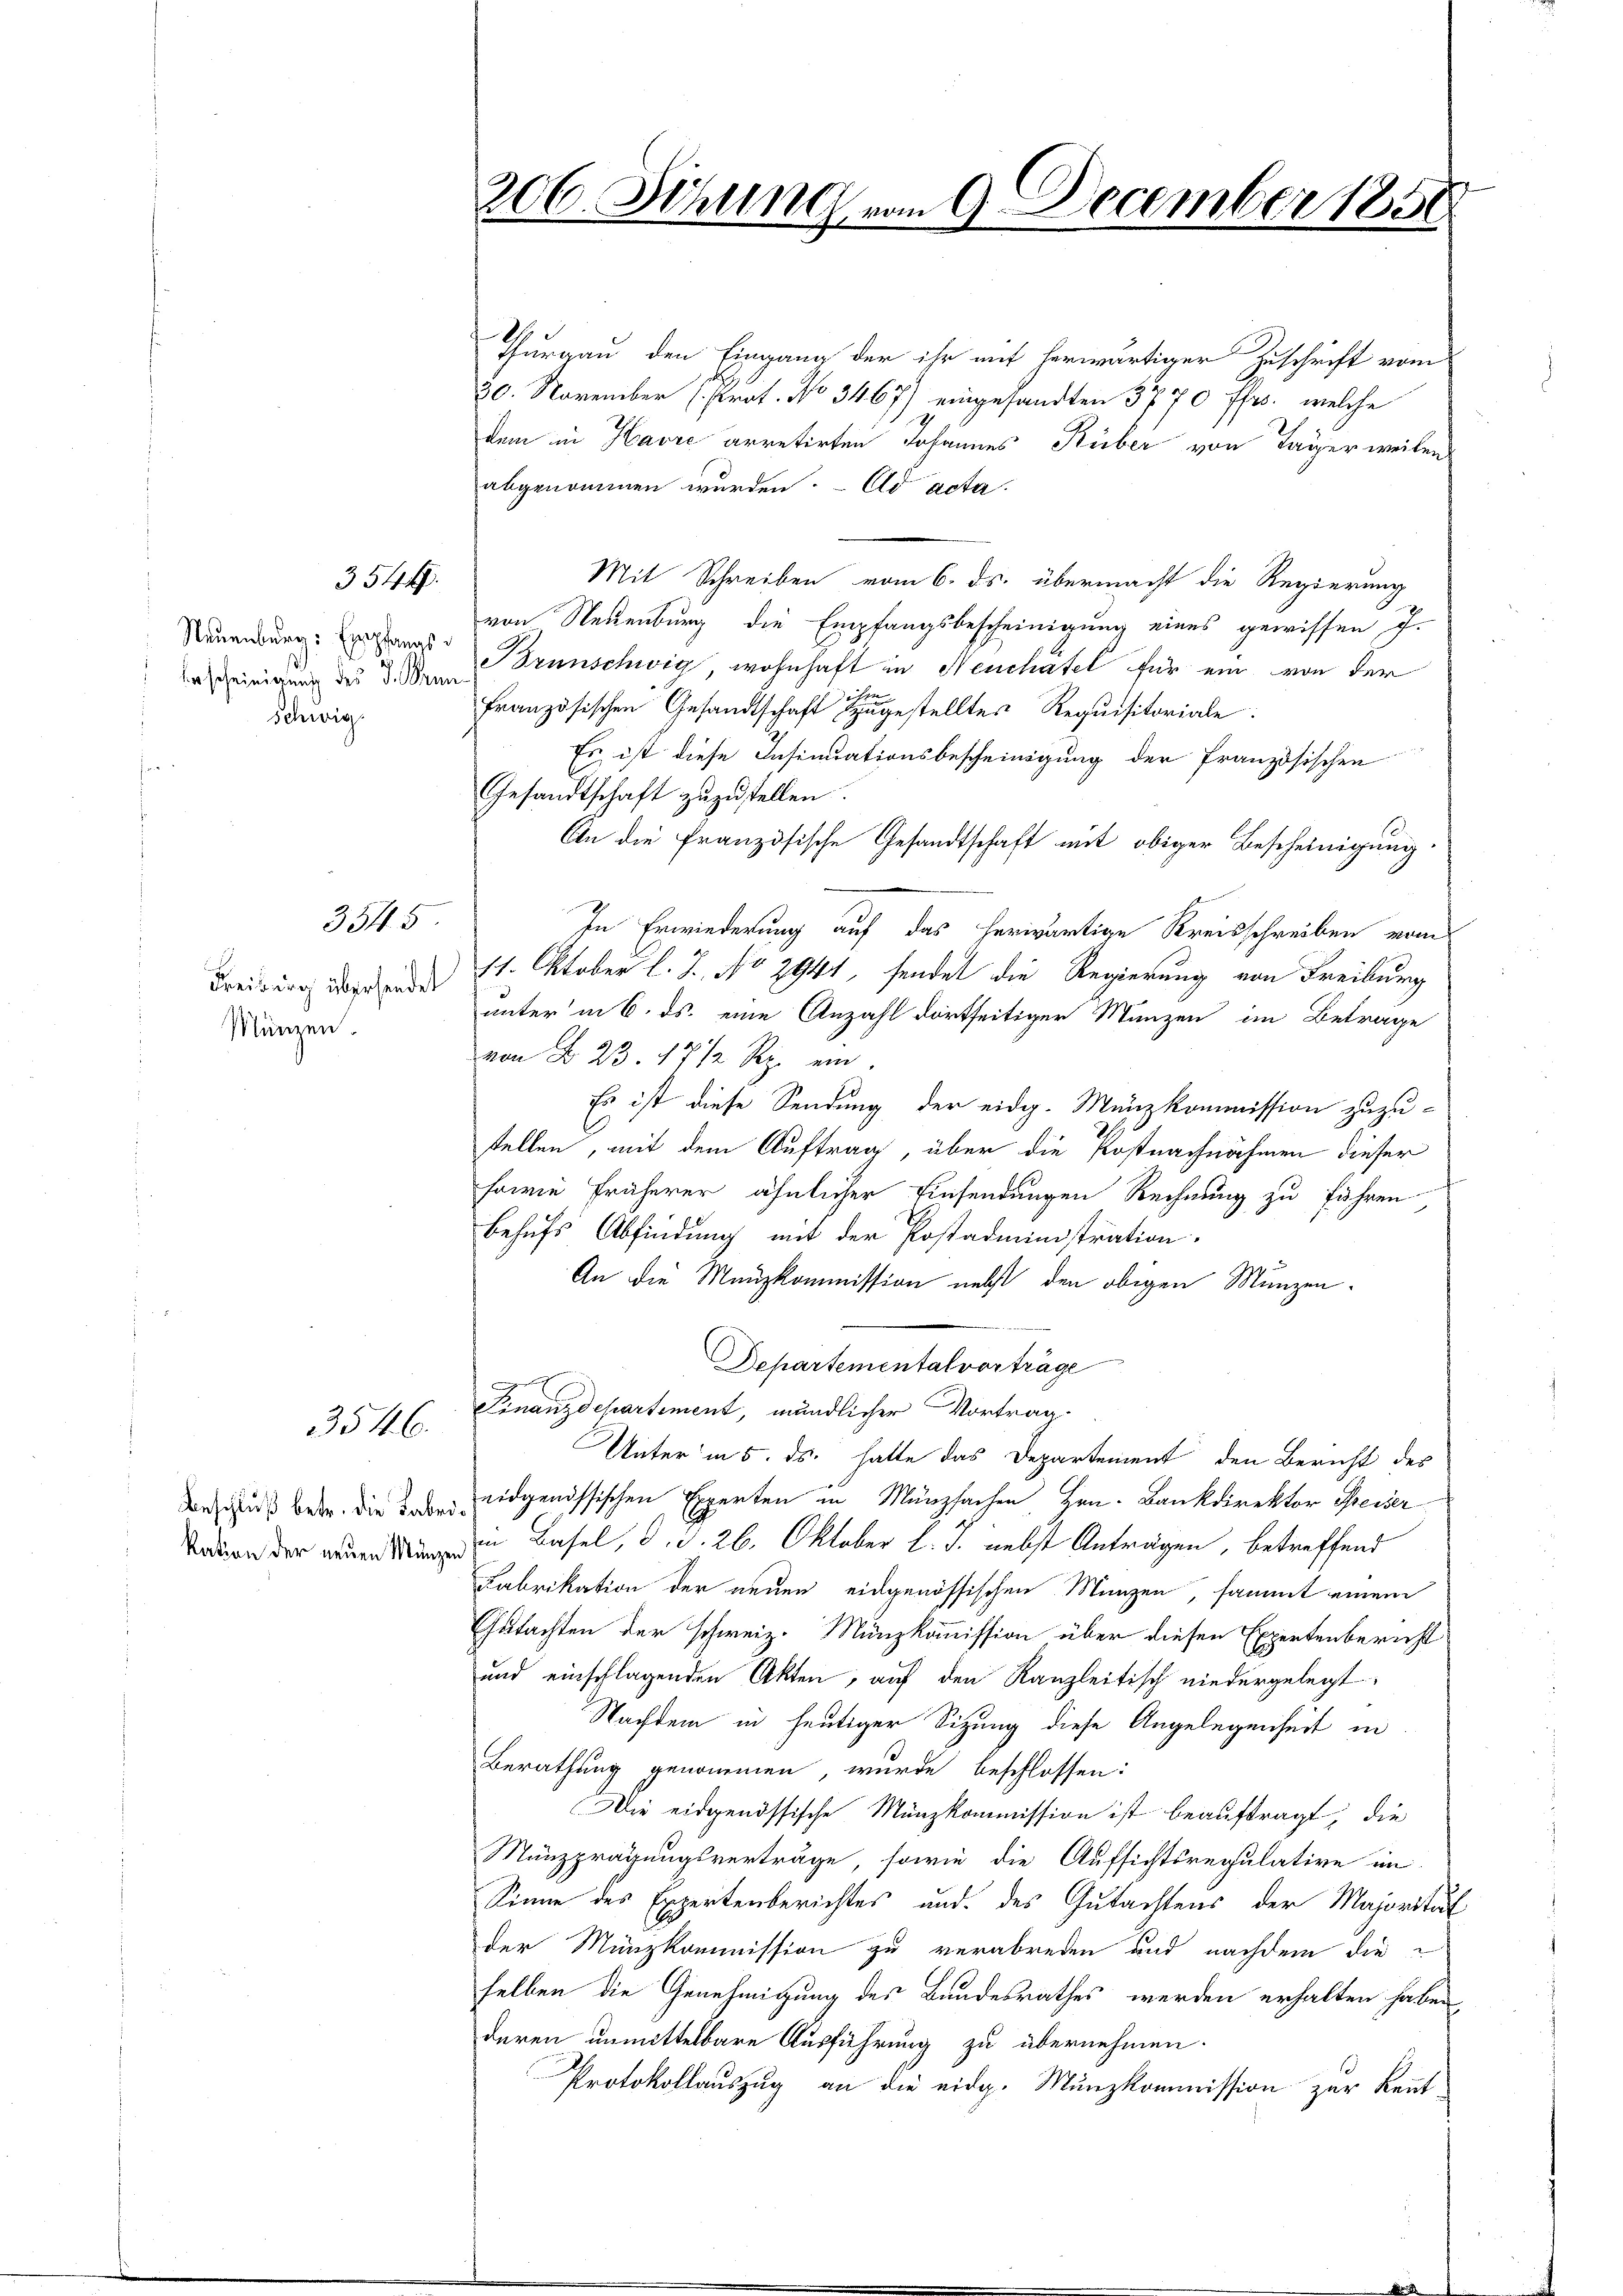
Erscheinigung des J. Nun
Schwie

Münzen.

354.

3545

3546.

Thurgau, den Eingang der ihr mit herwärtiger Zuschrift vom
30. November (Prot. No 3467) eingesandten 3770 ffrs., welche
dem in Havre arretirten Johannes Rüber von Tager weilen
abgenommen wurden. ad acta.
Mit Schreiben vom 6. ds. übermacht die Regierung
von Neuenburg die Empfangsbescheinigung eines gewissen J.
Neuenburg: Brunschwig, wohnhaft in Neuchatel für ein von der
französischen Gesandtschaft gestelltes Requisitoriale
Es ist diese Insinuationsbescheinigung der französischen
Gesandtschaft zŭzŭstellen.
An die französische Gesandtschaft mit obiger Bescheinigung
In Erwiederung auf das herwärtige Kreisschreiben vom
Freisung werden 11. Oktober l. J. No 2941, sendet die Regierung von Freiburg
unter in 6. ds. eine Anzahl dortseitiger Manzen im Betrage
von No 23. 17 1/2 Rp. ein.
Es ist diese Sendung der eidg. Münzkommission zuzustellen, mit dem Auftrag, über die Postnachnahmen dieser
sowie früherer ähnlicher Einsendungen Rechnung zu führen,
behufs Abfindung mit der Postadministration.
An die Manzkommission nebst den obigen Münzen¬
Departemental vorträge
Finanzdepartement, mündlicher Vortrag.
Unter in 5. ds. hatte das Departement den Bericht des
derschuß betr. die eidgenössischen Experten in Münzsachen Hrn. Bankdirektor Preiser
 Basel, d. d. 26. Oktober l. J. nebst Anträgen, betreffend
Fabrikation der neuen eidgenössischen Manzen, sammt einem
Gutachten der schweiz. Münzkommission über diesen Expertenbericht
und einschlagenden Akten, auf den Kanzleitisch niedergelegt.
Nachdem in heutiger Sitzung diese Angelegenheit in
Berathung genommen, wurde beschlossen:
Die eidgenössische Münzkommission ist beauftragt, die
Münzprägungsverträge, sowie die Aufsichtsregulative im
Sinne des Expertenberichtes und des Gutachtens der Majorität
der Münzkommission zu verabreden und nachdem die
selben die Genehmigung des Bundesrathes werden erhalten haben,
deren unmittelbare Ausführung zu übernehmen.
Protokollauszug an die eidg. Munzkommission zur Kennt¬

206. Sitzung von 9. December 185.